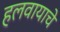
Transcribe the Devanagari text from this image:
हलवायाचे